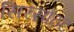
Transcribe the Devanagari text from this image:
सिरसाठट